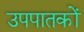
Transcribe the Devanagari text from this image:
उपपातकों